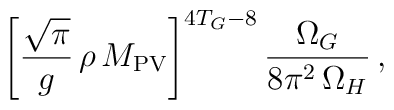
\left[\frac{\sqrt{\pi}}{g}\, \rho\, M_{\rm PV}\right]^{4T_G-8}\frac{\Omega_G}{8\pi^2\,\Omega_H}\,,